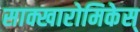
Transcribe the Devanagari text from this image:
साक्खारोमिकेस्